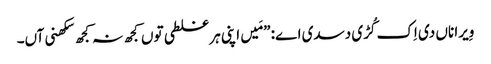
‏ وِیرا ناں دی اِک کُڑی دسدی اے:‏ ”‏مَیں اپنی ہر غلطی توں کجھ نہ کجھ سکھنی آں۔